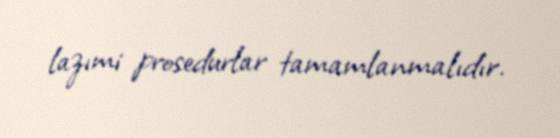
lazımi prosedurlar tamamlanmalıdır.